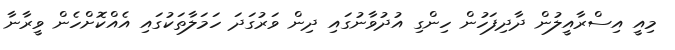
މިއީ އިސްރާއީލުން ދާދިފަހުން ހިންގި އުދުވާނުގައި ދިން ވަރުގަދަ ހަމަލާތަކުގައި އެއްކޮށްހެން ވީރާނާ